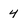
Character: 4